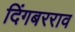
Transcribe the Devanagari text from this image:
दिंगबरराव